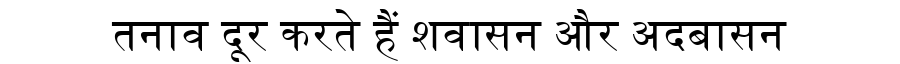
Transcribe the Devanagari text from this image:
तनाव दूर करते हैं शवासन और अदबासन